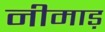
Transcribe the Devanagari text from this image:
नीमाड़